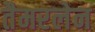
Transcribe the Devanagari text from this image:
तैमरलेन